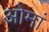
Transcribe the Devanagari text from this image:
ओमां